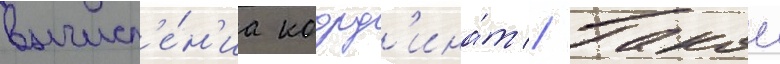
вычисл'е́н'иа коорд'ина́т // Такои